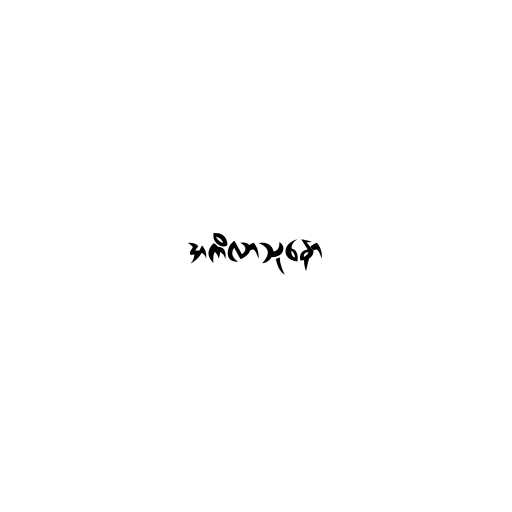
အကိလာသုနော